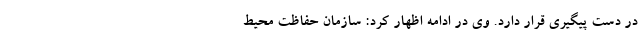
در دست پیگیری قرار دارد. وی در ادامه اظهار کرد: سازمان حفاظت محیط